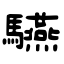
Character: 驠